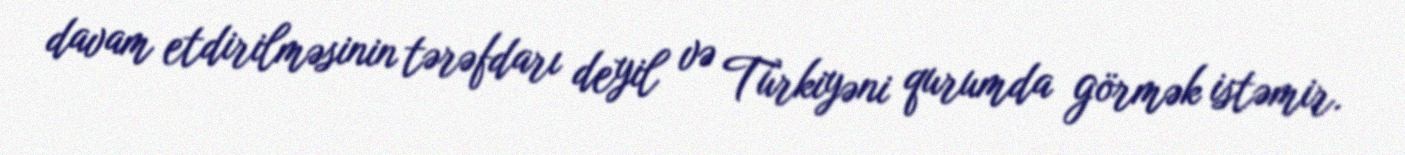
davam etdirilməsinin tərəfdarı deyil və Türkiyəni qurumda görmək istəmir.